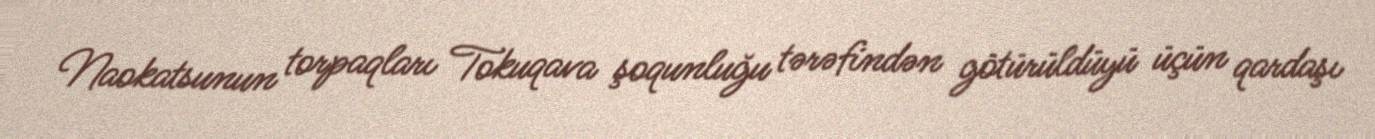
Naokatsunun torpaqları Tokuqava şoqunluğu tərəfindən götürüldüyü üçün qardaşı